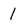
Character: 1